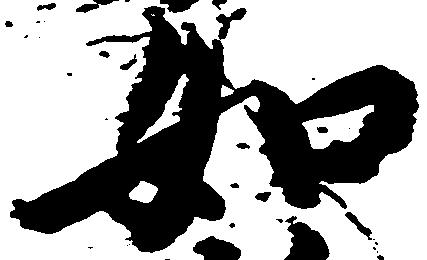
如